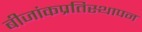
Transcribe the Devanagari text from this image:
बीजांकप्रतिस्थापन